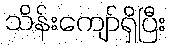
သိန်းကျော်ရှိပြီး